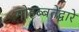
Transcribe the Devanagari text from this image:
मोहब्बतेंद्वारे